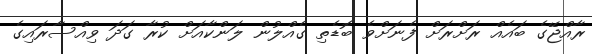
ރާއްޖޭގެ ބައެއް ރަށްރަށް ފެނަށްވެ ބޮޑެތި ގެއްލުން ލަންކާއަށް ކުރާ ގަދަ ވިއްސާރައިގެ